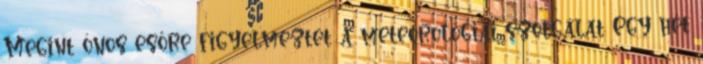
Megint ónos esőre figyelmeztet a meteorológiai szolgálat Egy hét